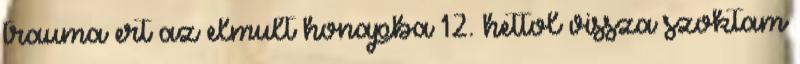
trauma ert az elmult honapba 12. hettol vissza szoktam